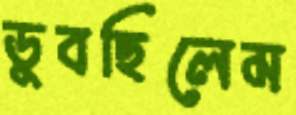
ডুবছিলেম